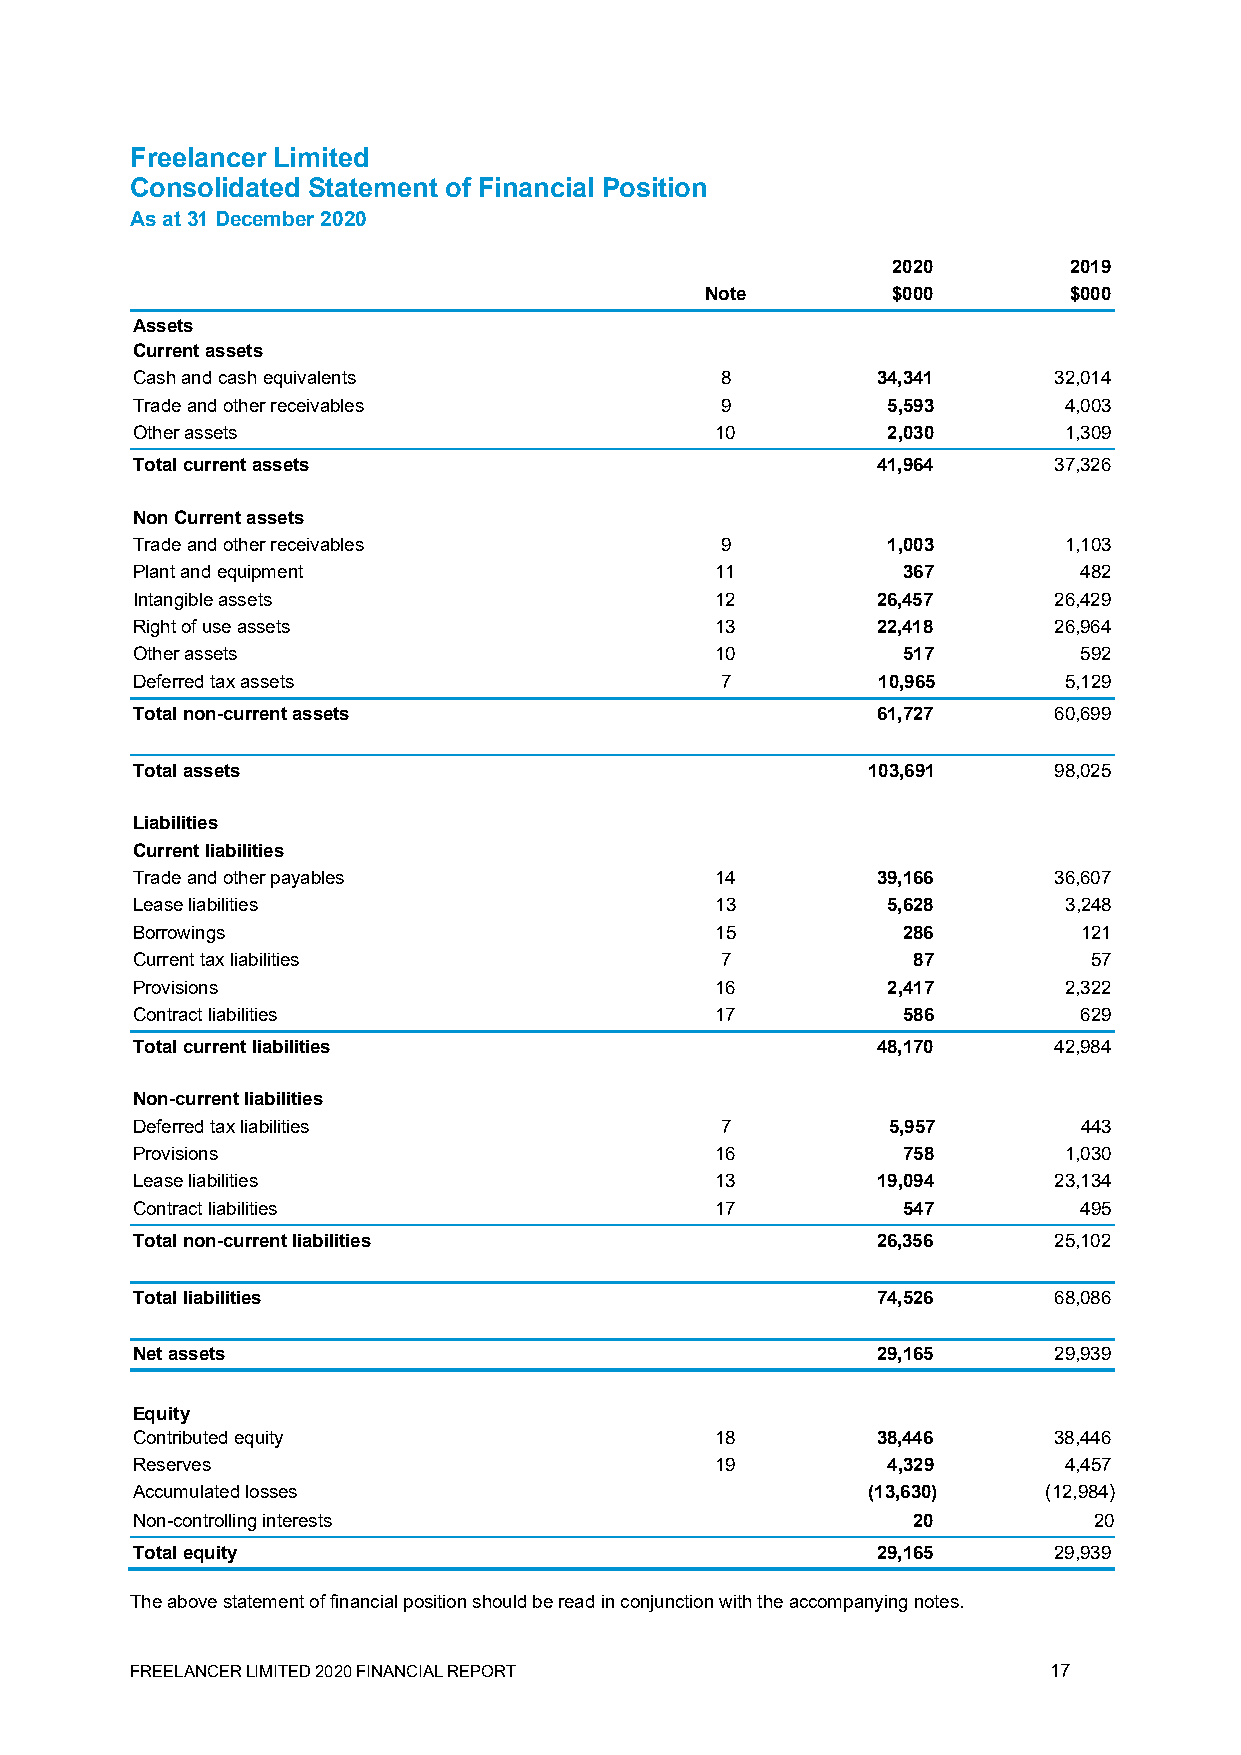
Freelancer Limited
 Consolidated Statement of Financial Position
 As at 31 December 2020
 2020        2019
 Note        $000        $000
 Assets
 Current assets
 Cash and cash equivalents              8         34,341      32,014
 Trade and other receivables            9          5,593      4,003
 Other assets                          10          2,030      1,309
 Total current assets                             41,964      37,326
 Non Current assets
 Trade and other receivables            9          1,003      1,103
 Plant and equipment                   11           367         482
 Intangible assets                     12         26,457      26,429
 Right of use assets                   13         22,418      26,964
 Other assets                          10           517         592
 Deferred tax assets                    7         10,965      5,129
 Total non-current assets                         61,727      60,699
 Total assets                                    103,691      98,025
 Liabilities
 Current liabilities
 Trade and other payables              14         39,166      36,607
 Lease liabilities                     13          5,628       3,248
 Borrowings                            15           286         121
 Current tax liabilities                7           87          57
 Provisions                            16          2,417      2,322
 Contract liabilities                  17           586         629
 Total current liabilities                        48,170      42,984
 Non-current liabilities
 Deferred tax liabilities               7          5,957        443
 Provisions                            16           758       1,030
 Lease liabilities                     13         19,094      23,134
 Contract liabilities                  17           547         495
 Total non-current liabilities                    26,356      25,102
 Total liabilities                                74,526      68,086
 Net assets                                       29,165      29,939
 Equity
 Contributed equity                    18         38,446      38,446
 Reserves                              19          4,329      4,457
 Accumulated losses                              (13,630)    (12,984)
 Non-controlling interests                          20          20
 Total equity                                     29,165      29,939
 The above statement of financial position should be read in conjunction with the accompanying notes.
 FREELANCER LIMITED 2020 FINANCIAL REPORT                    17